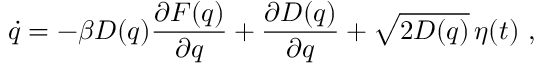
\dot { q } = - \beta D ( q ) \frac { \partial F ( q ) } { \partial q } + \frac { \partial D ( q ) } { \partial q } + \sqrt { 2 D ( q ) } \, \eta ( t ) ~ ,